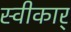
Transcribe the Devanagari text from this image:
स्वीकार्